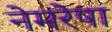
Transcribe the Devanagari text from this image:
नेमरेषा